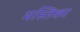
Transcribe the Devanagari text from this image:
मस्तिका